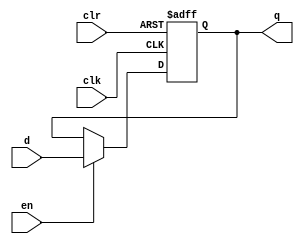
// Simple 32 bit register with enable and clear
module reg32 (
	output reg [31:0] q,
	input wire [31:0] d,
	input wire en, clk, clr
);

// Set initial value
initial begin
	q <= 0;
end

always@(posedge clk, posedge clr) begin
		if(clr == 1) begin
			q <= 0;
		end
		else if (en == 1) begin
			q <= d;
		end
end
endmodule